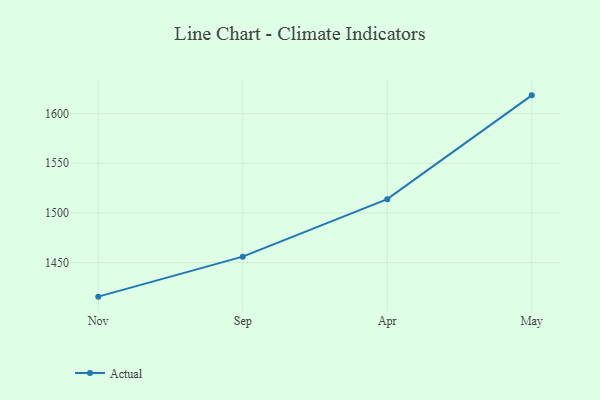
{"axis": {"x": "Month", "y": "Humidity (%)"}, "legend": ["Actual"], "data": [{"x": "Nov", "y": 1415.6, "type": "Actual"}, {"x": "Sep", "y": 1455.9, "type": "Actual"}, {"x": "Apr", "y": 1513.8, "type": "Actual"}, {"x": "May", "y": 1618.4, "type": "Actual"}]}